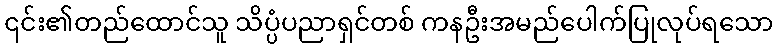
၎င်း၏တည်ထောင်သူ သိပ္ပံပညာရှင်တစ် ကနဦးအမည်ပေါက်ပြုလုပ်ရသော